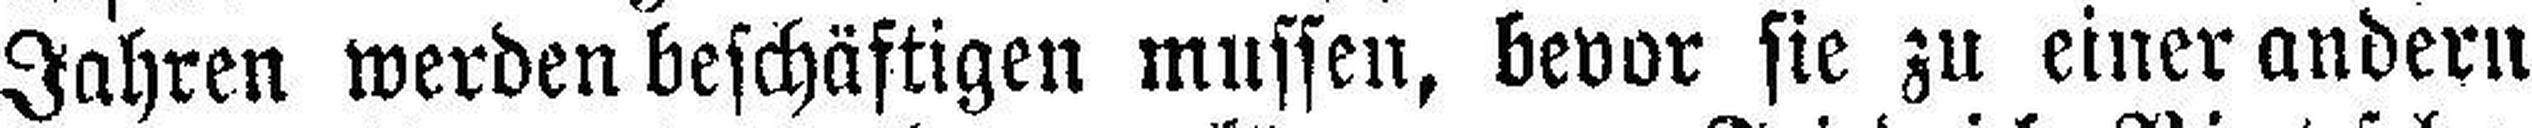
Jahren werden beschäftigen mussen, bevor sie zu einer andern